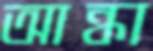
আন্ধা